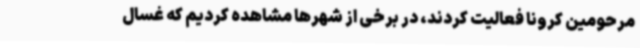
مرحومین کرونا فعالیت کردند، در برخی از شهرها مشاهده کردیم که غسال